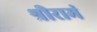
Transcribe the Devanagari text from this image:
श्रीरामं